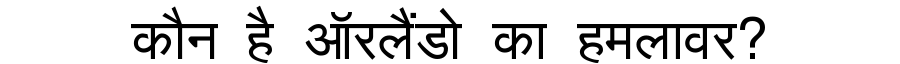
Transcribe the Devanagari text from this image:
कौन है ऑरलैंडो का हमलावर?